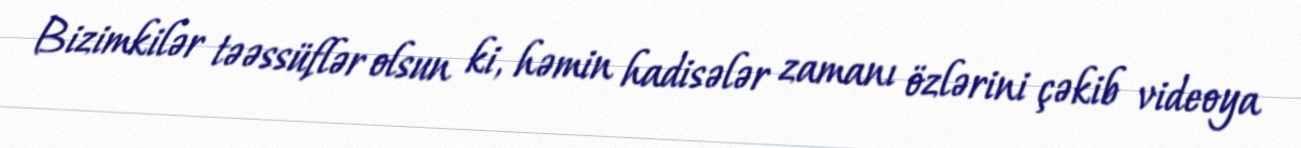
Bizimkilər təəssüflər olsun ki, həmin hadisələr zamanı özlərini çəkib videoya